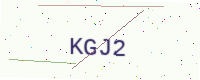
Text: KGJ2